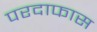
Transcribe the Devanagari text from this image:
परदाफास